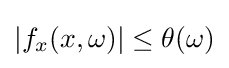
|f_{x}(x,\omega )|\leq \theta (\omega )